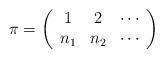
LaTeX: \begin{align*}\pi=\left(\begin{array}{ccc} 1 & 2 & \cdots\\ n_1 & n_2 & \cdots \end{array}\right)\end{align*}